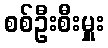
စစ်ဦးစီးမှူး